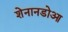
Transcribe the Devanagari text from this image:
शेनानडोआ